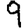
Digit: 9